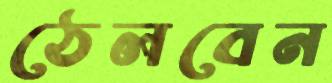
ঠেলবেন